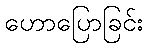
ဟောပြောခြင်း